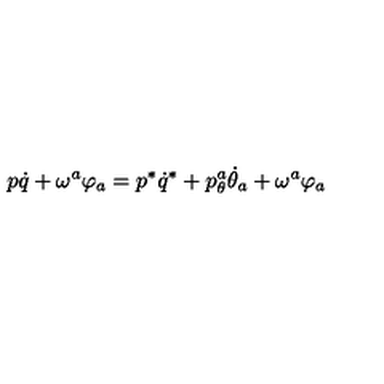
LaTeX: p \dot { q } + \omega ^ { a } \varphi _ { a } = p ^ { * } \dot { q } ^ { * } + p _ { \theta } ^ { a } \dot { \theta } _ { a } + \omega ^ { a } \varphi _ { a }